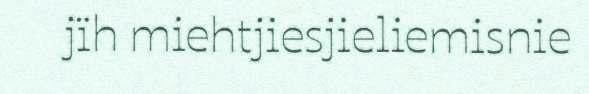
jïh miehtjiesjieliemisnie